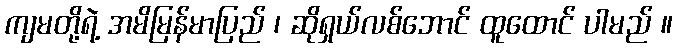
ကျမတို့ရဲ့ အမိမြန်မာပြည် ၊ ဆိုရှယ်လစ်ဘောင် ထူထောင် ပါမည် ။